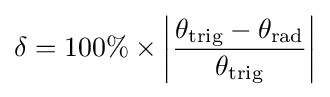
\delta =100\%\times \left|{\frac {\theta _{\text{trig}}-\theta _{\text{rad}}}{\theta _{\text{trig}}}}\right|